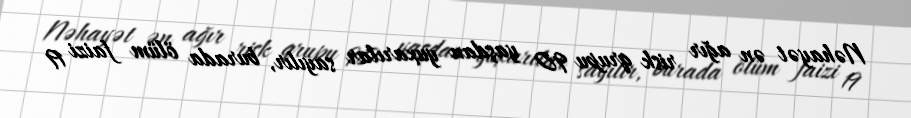
Nəhayət ən ağır risk qrupu 90 yaşdan yuxarılar sayılır, burada ölüm faizi 19